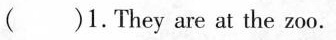
( )1.They are at the zoo.